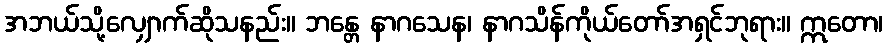
အဘယ်သို့လျှောက်ဆိုသနည်း။ ဘန္တေ နာဂသေန၊ နာဂသိန်ကိုယ်တော်အရှင်ဘုရား။ ဣတော၊